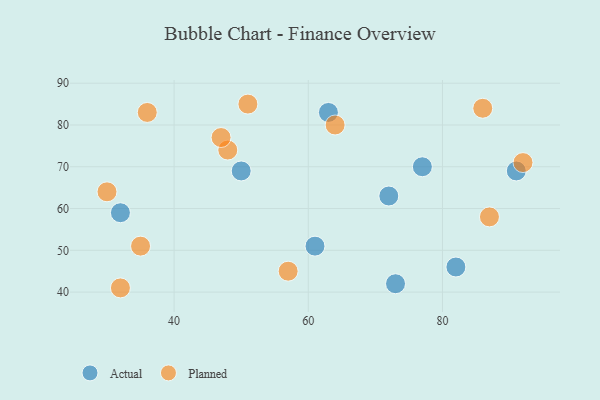
{"axis": {"x": "GDP", "y": "Life Expectancy"}, "legend": ["Actual", "Planned"], "data": [{"x": "73", "y": 42, "type": "Actual"}, {"x": "61", "y": 51, "type": "Actual"}, {"x": "63", "y": 83, "type": "Actual"}, {"x": "72", "y": 63, "type": "Actual"}, {"x": "50", "y": 69, "type": "Actual"}, {"x": "77", "y": 70, "type": "Actual"}, {"x": "91", "y": 69, "type": "Actual"}, {"x": "82", "y": 46, "type": "Actual"}, {"x": "32", "y": 59, "type": "Actual"}, {"x": "86", "y": 84, "type": "Planned"}, {"x": "48", "y": 74, "type": "Planned"}, {"x": "64", "y": 80, "type": "Planned"}, {"x": "51", "y": 85, "type": "Planned"}, {"x": "36", "y": 83, "type": "Planned"}, {"x": "30", "y": 64, "type": "Planned"}, {"x": "57", "y": 45, "type": "Planned"}, {"x": "35", "y": 51, "type": "Planned"}, {"x": "87", "y": 58, "type": "Planned"}, {"x": "47", "y": 77, "type": "Planned"}, {"x": "92", "y": 71, "type": "Planned"}, {"x": "32", "y": 41, "type": "Planned"}]}